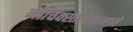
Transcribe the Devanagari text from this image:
नोचिक्स्तलानमध्ये